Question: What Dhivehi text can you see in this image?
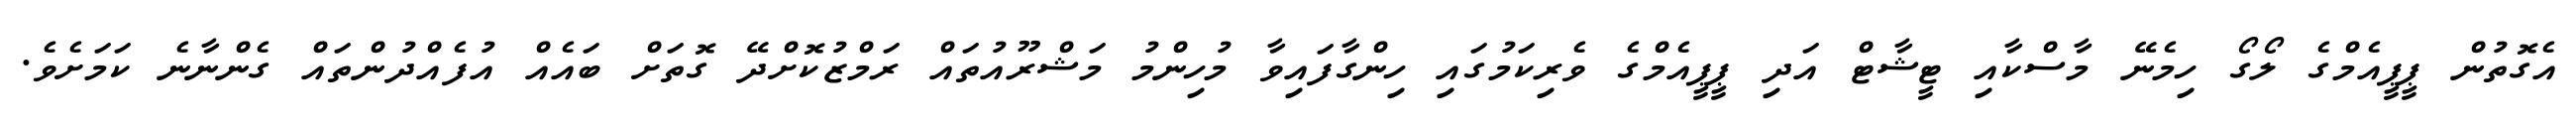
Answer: އެގޮތުން ޕީޕީއެމްގެ ލޯގޯ ހިމެނޭ މާސްކާއި ޓީޝާޓް އަދި ޕީޕީއެމްގެ ވެރިކަމުގައި ހިންގާފައިވާ މުހިންމު މަޝްރޫއުތައް ރަމްޒުކޮށްދޭ ގޮތަށް ބައެއް އުފެއްދުންތައް ގެންނާނެ ކަމަށެވެ.